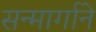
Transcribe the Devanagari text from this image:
सन्मार्गाने